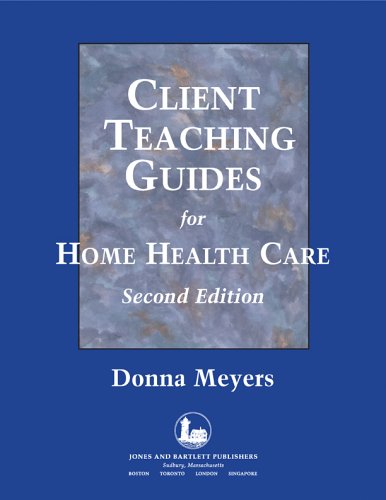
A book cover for Client Teaching Guides Home Health Care; Donna Meyers; Medical Books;